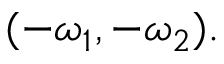
( - \omega _ { 1 } , - \omega _ { 2 } ) .